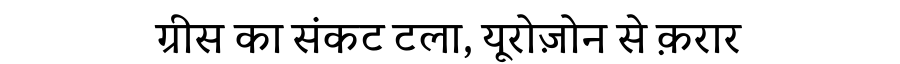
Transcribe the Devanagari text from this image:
ग्रीस का संकट टला, यूरोज़ोन से क़रार